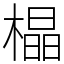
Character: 橸